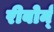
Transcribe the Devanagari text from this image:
रीबोर्न्